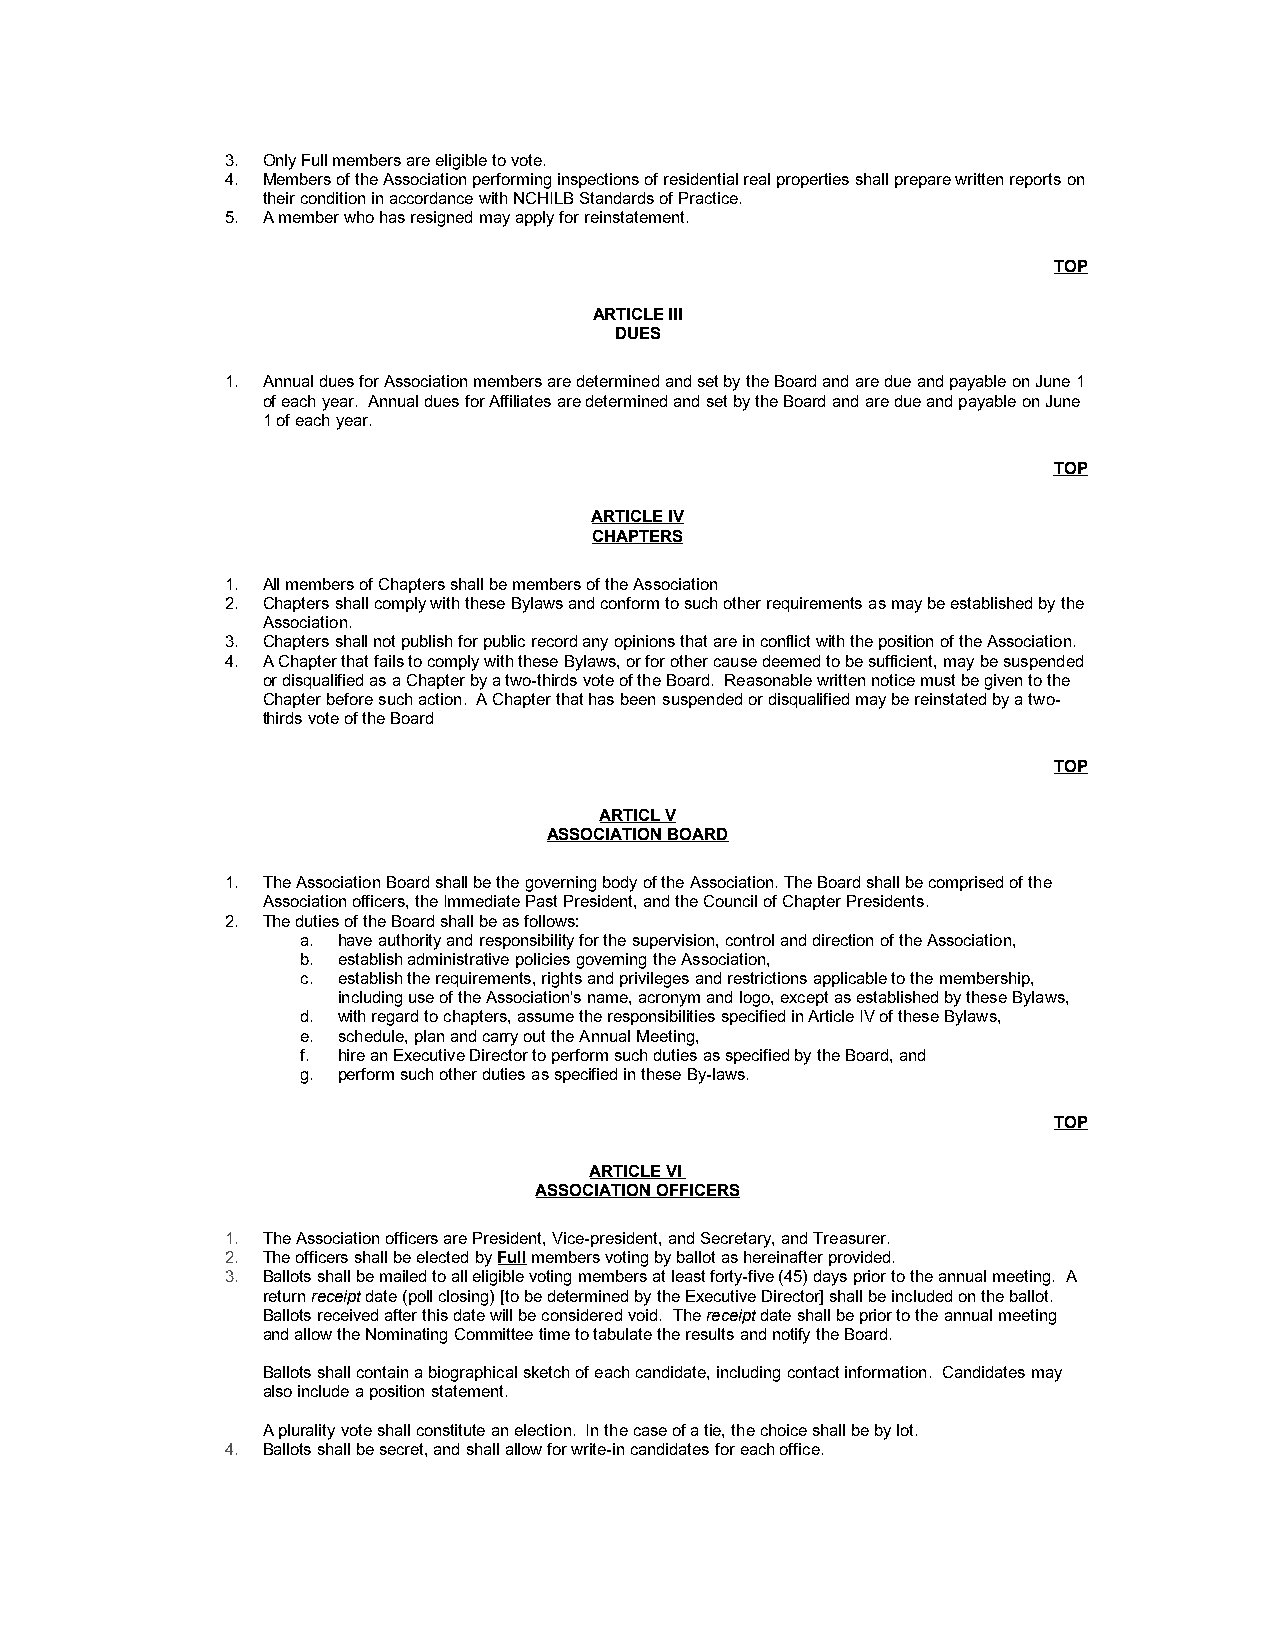
3. Only Full members are eligible to vote.
 4. Members of the Association performing inspections of residential real properties shall prepare written reports on
 their condition in accordance with NCHILB Standards of Practice.
 5. A member who has resigned may apply for reinstatement.
 TOP
 ARTICLE III
 DUES
 1. Annual dues for Association members are determined and set by the Board and are due and payable on June 1
 of each year. Annual dues for Affiliates are determined and set by the Board and are due and payable on June
 1 of each year.
 TOP
 ARTICLE IV
 CHAPTERS
 1. All members of Chapters shall be members of the Association
 2. Chapters shall comply with these Bylaws and conform to such other requirements as may be established by the
 Association.
 3. Chapters shall not publish for public record any opinions that are in conflict with the position of the Association.
 4. A Chapter that fails to comply with these Bylaws, or for other cause deemed to be sufficient, may be suspended
 or disqualified as a Chapter by a two-thirds vote of the Board. Reasonable written notice must be given to the
 Chapter before such action. A Chapter that has been suspended or disqualified may be reinstated by a two-
 thirds vote of the Board
 TOP
 ARTICL V
 ASSOCIATION BOARD
 1. The Association Board shall be the governing body of the Association. The Board shall be comprised of the
 Association officers, the Immediate Past President, and the Council of Chapter Presidents.
 2. The duties of the Board shall be as follows:
 a. have authority and responsibility for the supervision, control and direction of the Association,
 b. establish administrative policies governing the Association,
 c. establish the requirements, rights and privileges and restrictions applicable to the membership,
 including use of the Association's name, acronym and logo, except as established by these Bylaws,
 d. with regard to chapters, assume the responsibilities specified in Article IV of these Bylaws,
 e. schedule, plan and carry out the Annual Meeting,
 f. hire an Executive Director to perform such duties as specified by the Board, and
 g. perform such other duties as specified in these By-laws.
 TOP
 ARTICLE VI
 ASSOCIATION OFFICERS
 1. The Association officers are President, Vice-president, and Secretary, and Treasurer.
 2. The officers shall be elected by Full members voting by ballot as hereinafter provided.
 3. Ballots shall be mailed to all eligible voting members at least forty-five (45) days prior to the annual meeting. A
 return receipt date (poll closing) [to be determined by the Executive Director] shall be included on the ballot.
 Ballots received after this date will be considered void. The receipt date shall be prior to the annual meeting
 and allow the Nominating Committee time to tabulate the results and notify the Board.
 Ballots shall contain a biographical sketch of each candidate, including contact information. Candidates may
 also include a position statement.
 A plurality vote shall constitute an election. In the case of a tie, the choice shall be by lot.
 4. Ballots shall be secret, and shall allow for write-in candidates for each office.